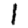
Digit: 1